Leaving Certificate Examination, 1911
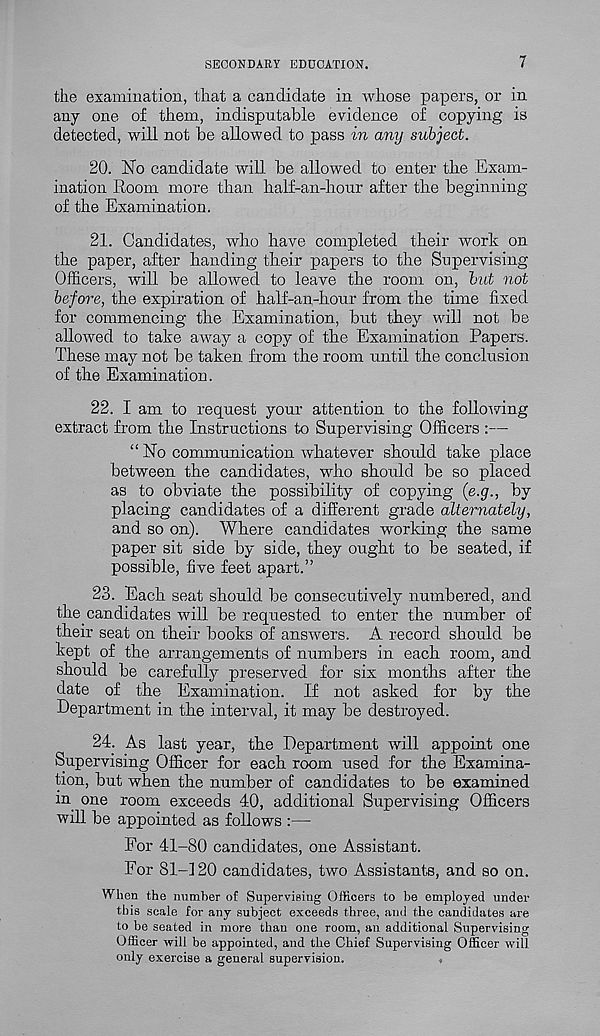
SECONDARY EDUCATION.
7
the examination, that a candidate in whose papers, or in
any one of them, indisputable evidence of copying is
detected, will not be allowed to pass in any subject.
20. No candidate will be allowed to enter the Exam-
ination Room more than half-an-hour after the beginning
of the Examination.
21. Candidates, who have completed their work on
the paper, after handing their papers to the Supervising
Officers, will be allowed to leave the room on, but not
before, the expiration of half-an-hour from the time fixed
for commencing the Examination, but they will not be
allowed to take away a copy of the Examination Papers.
These may not be taken from the room until the conclusion
of the Examination.
22. I am to request your attention to the following
extract from the Instructions to Supervising Officers :—
“No communication whatever should take place
between the candidates, who should be so placed
as to obviate the possibility of copying (e.g., by
placing candidates of a different grade alternately,
and so on). Where candidates working the same
paper sit side by side, they ought to be seated, if
possible, five feet apart.”
23. Each seat should be consecutively numbered, and
the candidates will be requested to enter the number of
their seat on their books of answers. A record should be
kept of the arrangements of numbers in each room, and
should be carefully preserved for six months after the
date of the Examination. If not asked for by the
Department in the interval, it may be destroyed.
24. As last year, the Department will appoint one
Supervising Officer for each room used for the Examina-
tion, but when the number of candidates to be examined
in one room exceeds 40, additional Supervising Officers
will be appointed as follows :—
For 41-80 candidates, one Assistaut.
For 81-120 candidates, two Assistants, and so on.
When the number of Supervising Officers to be employed under
this scale for any subject exceeds three, and the candidates are
to be seated in more than one room, an additional Supervising
Officer will be appointed, and the Chief Supervising Officer will
only exercise a general supervision.
,